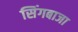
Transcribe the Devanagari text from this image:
सिंगबाजा